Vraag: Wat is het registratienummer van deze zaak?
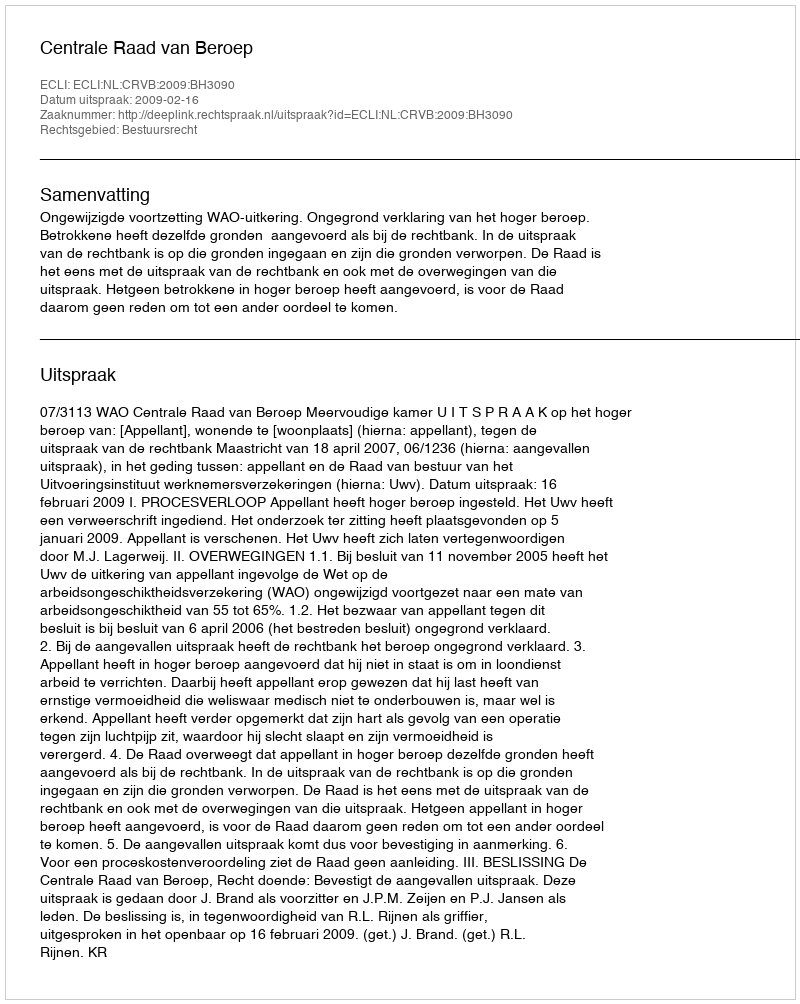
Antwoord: http://deeplink.rechtspraak.nl/uitspraak?id=ECLI:NL:CRVB:2009:BH3090